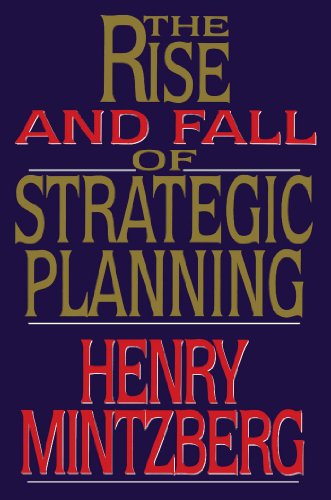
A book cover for Rise and Fall of Strategic Planning; Henry Mintzberg; Business & Money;